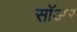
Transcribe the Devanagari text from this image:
सॉअर